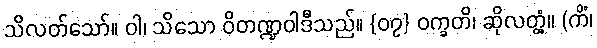
သိလတ်သော်။ ဝါ၊ သိသော ဝိတဏ္ဍဝါဒီသည်။ {၀၇} ဝက္ခတိ၊ ဆိုလတ္တံ့။ (ကိံ၊